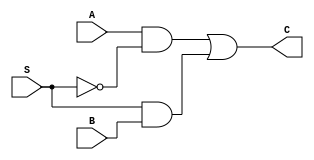
`timescale 1ns / 1ps
module TwoXOneMUX( input A,B,S,output reg C);
always @(*)
begin
 C = (A & ~S )|(S & B);
 end
endmodule